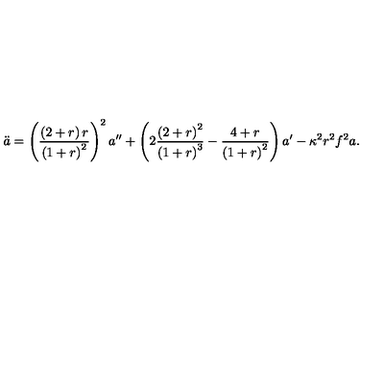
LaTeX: \ddot { a } = \left( \frac { \left( 2 + r \right) r } { \left( 1 + r \right) ^ { 2 } } \right) ^ { 2 } a ^ { \prime \prime } + \left( 2 \frac { \left( 2 + r \right) ^ { 2 } } { \left( 1 + r \right) ^ { 3 } } - \frac { 4 + r } { \left( 1 + r \right) ^ { 2 } } \right) a ^ { \prime } - \kappa ^ { 2 } r ^ { 2 } f ^ { 2 } a .